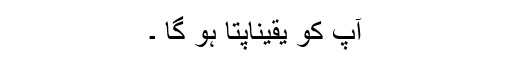
آپ کو یقیناًپتا ہو گا ۔